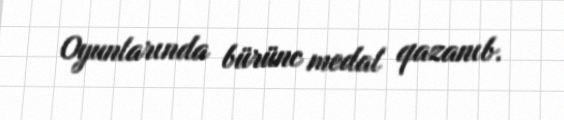
Oyunlarında bürünc medal qazanıb.